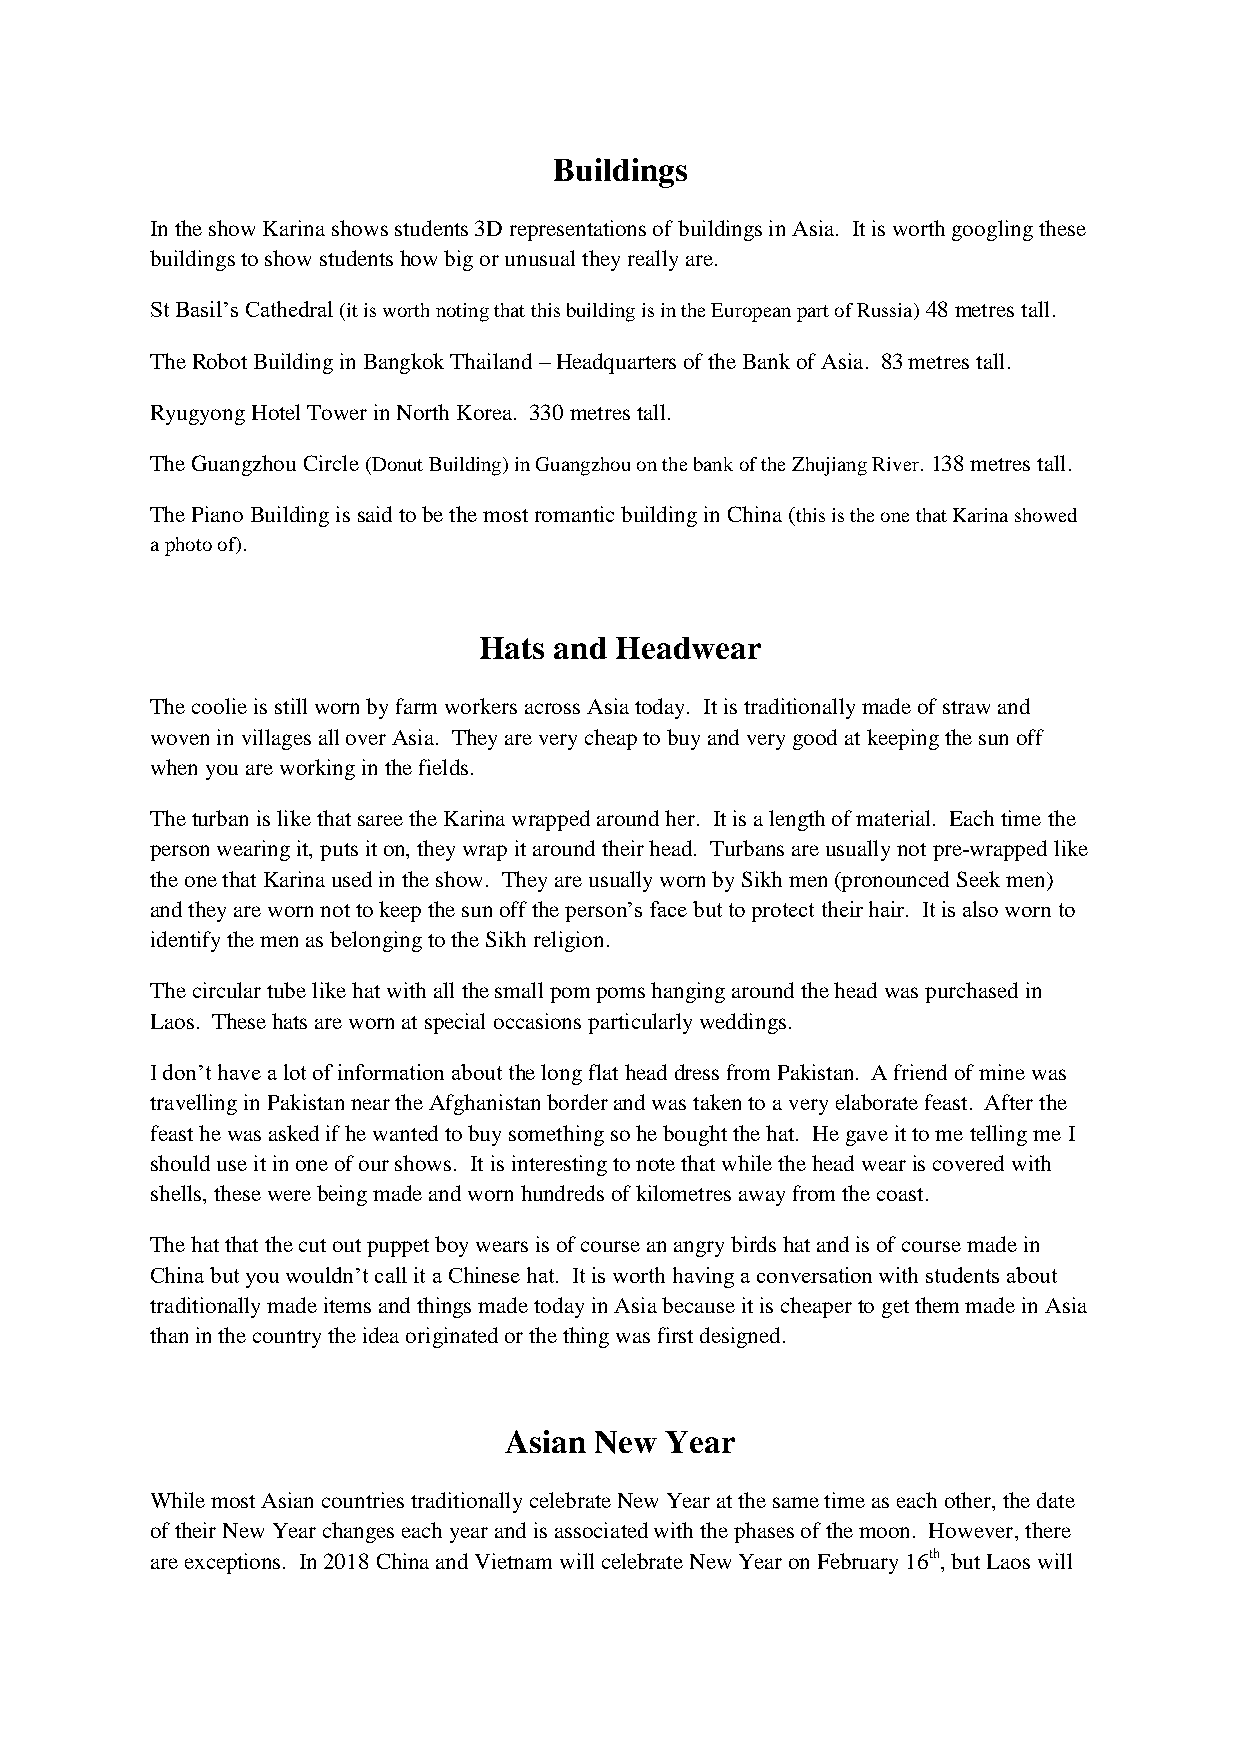
Buildings
 In the show Karina shows students 3D representations of buildings in Asia. It is worth googling these
 buildings to show students how big or unusual they really are.
 St Basil’s Cathedral (it is worth noting that this building is in the European part of Russia) 48 metres tall.
 The Robot Building in Bangkok Thailand – Headquarters of the Bank of Asia. 83 metres tall.
 Ryugyong Hotel Tower in North Korea. 330 metres tall.
 The Guangzhou Circle (Donut Building) in Guangzhou on the bank of the Zhujiang River. 138 metres tall.
 The Piano Building is said to be the most romantic building in China (this is the one that Karina showed
 a photo of).
 Hats and Headwear
 The coolie is still worn by farm workers across Asia today. It is traditionally made of straw and
 woven in villages all over Asia. They are very cheap to buy and very good at keeping the sun off
 when you are working in the fields.
 The turban is like that saree the Karina wrapped around her. It is a length of material. Each time the
 person wearing it, puts it on, they wrap it around their head. Turbans are usually not pre-wrapped like
 the one that Karina used in the show. They are usually worn by Sikh men (pronounced Seek men)
 and they are worn not to keep the sun off the person’s face but to protect their hair. It is also worn to
 identify the men as belonging to the Sikh religion.
 The circular tube like hat with all the small pom poms hanging around the head was purchased in
 Laos. These hats are worn at special occasions particularly weddings.
 I don’t have a lot of information about the long flat head dress from Pakistan. A friend of mine was
 travelling in Pakistan near the Afghanistan border and was taken to a very elaborate feast. After the
 feast he was asked if he wanted to buy something so he bought the hat. He gave it to me telling me I
 should use it in one of our shows. It is interesting to note that while the head wear is covered with
 shells, these were being made and worn hundreds of kilometres away from the coast.
 The hat that the cut out puppet boy wears is of course an angry birds hat and is of course made in
 China but you wouldn’t call it a Chinese hat. It is worth having a conversation with students about
 traditionally made items and things made today in Asia because it is cheaper to get them made in Asia
 than in the country the idea originated or the thing was first designed.
 Asian New  Year
 While most Asian countries traditionally celebrate New Year at the same time as each other, the date
 of their New Year changes each year and is associated with the phases of the moon. However, there
 are exceptions. In 2018 China and Vietnam will celebrate New Year on February 16th, but Laos will